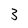
Character: 3